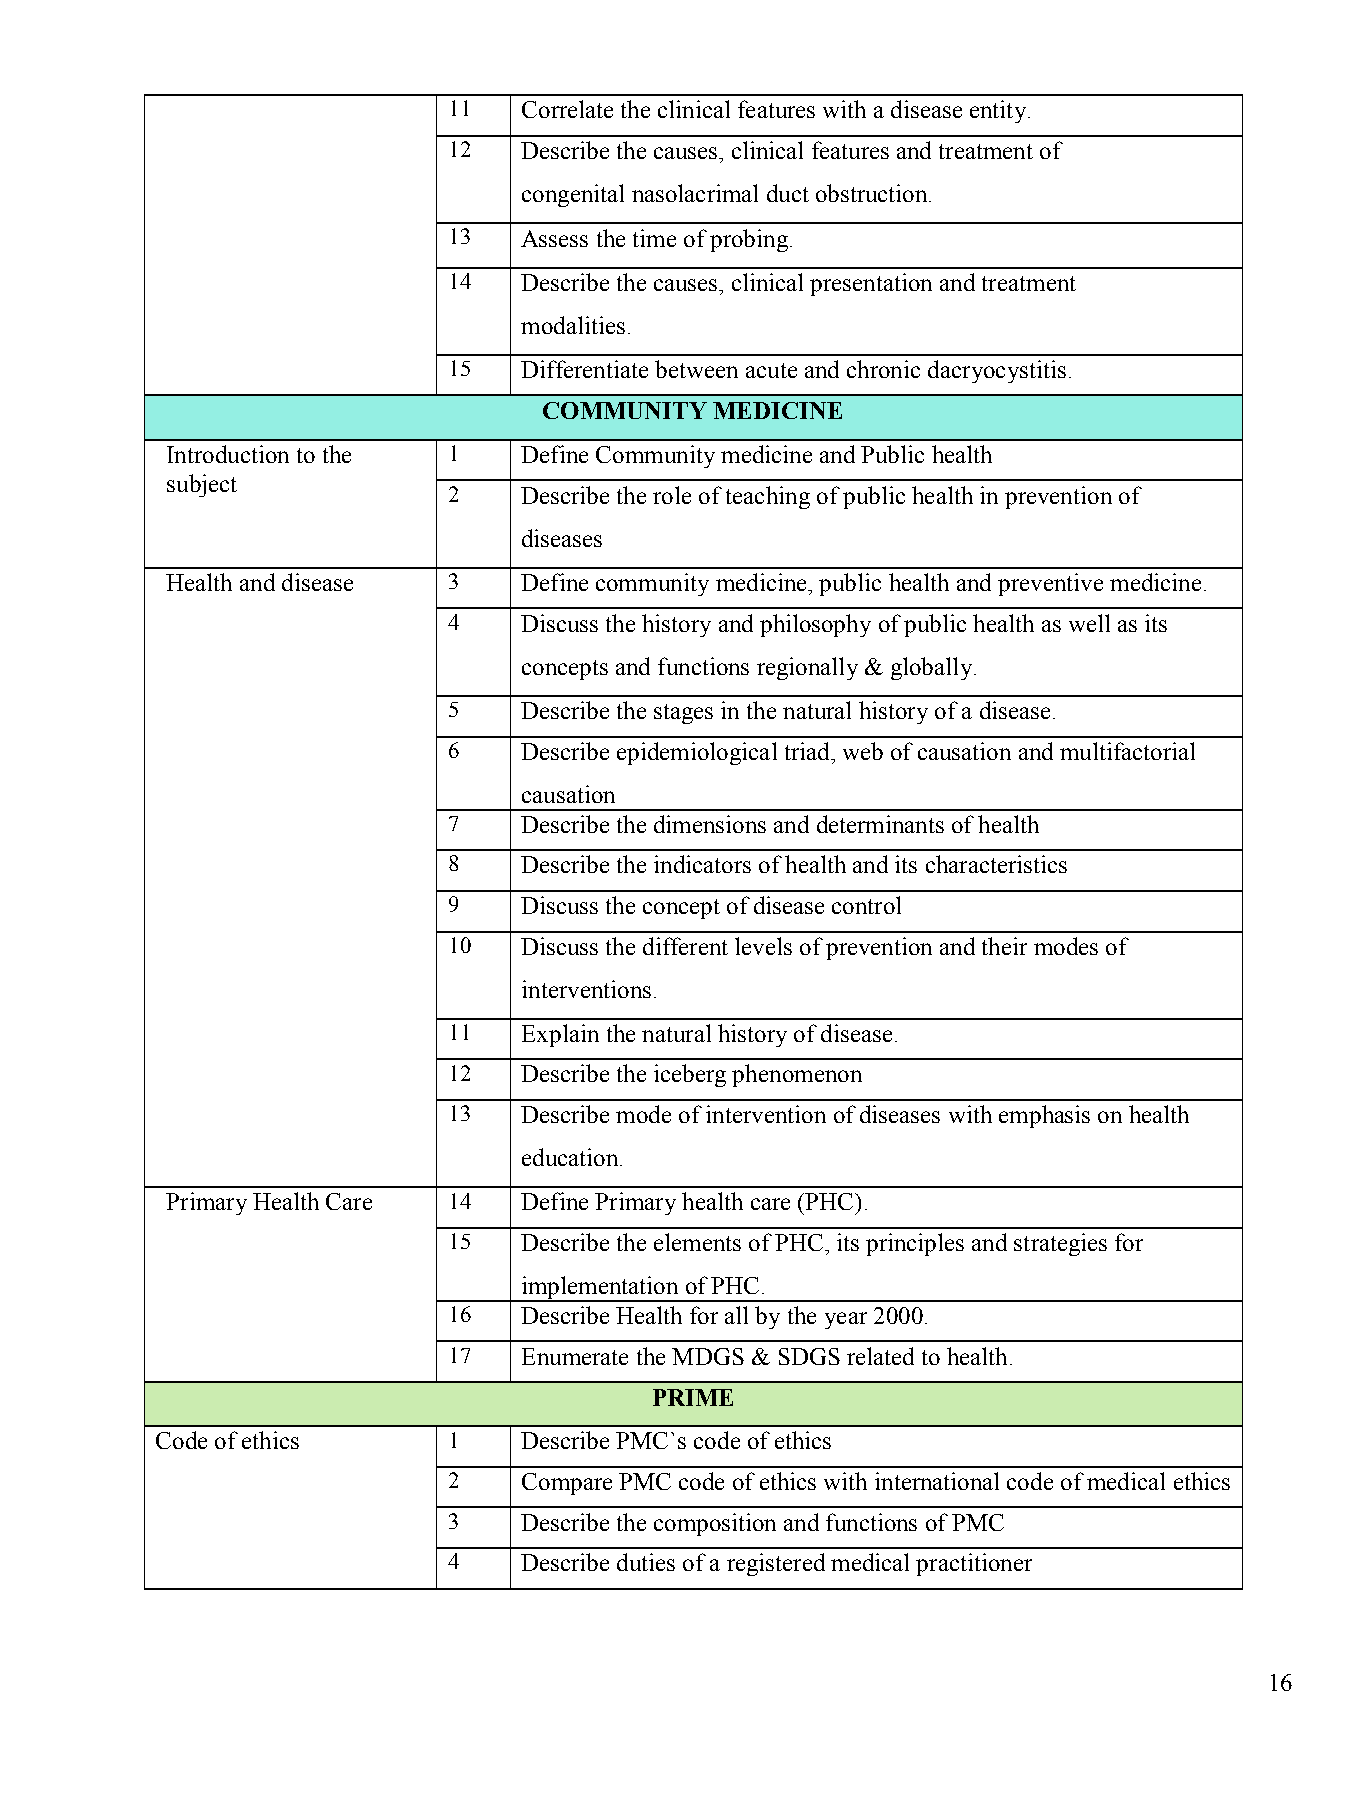
11   Correlate the clinical features with a disease entity.
 12   Describe the causes, clinical features and treatment of
 congenital nasolacrimal duct obstruction.
 13   Assess the time of probing.
 14   Describe the causes, clinical presentation and treatment
 modalities.
 15   Differentiate between acute and chronic dacryocystitis.
 COMMUNITY  MEDICINE
 Introduction to the 1   Define Community medicine and Public health
 subject
 2    Describe the role of teaching of public health in prevention of
 diseases
 Health and disease 3    Define community medicine, public health and preventive medicine.
 4    Discuss the history and philosophy of public health as well as its
 concepts and functions regionally & globally.
 5    Describe the stages in the natural history of a disease.
 6    Describe epidemiological triad, web of causation and multifactorial
 causation
 7    Describe the dimensions and determinants of health
 8    Describe the indicators of health and its characteristics
 9    Discuss the concept of disease control
 10   Discuss the different levels of prevention and their modes of
 interventions.
 11   Explain the natural history of disease.
 12   Describe the iceberg phenomenon
 13   Describe mode of intervention of diseases with emphasis on health
 education.
 Primary Health Care 14  Define Primary health care (PHC).
 15   Describe the elements of PHC, its principles and strategies for
 implementation of PHC.
 16   Describe Health for all by the year 2000.
 17   Enumerate the MDGS & SDGS related to health.
 PRIME
 Code of ethics      1    Describe PMC`s code of ethics
 2    Compare PMC code of ethics with international code of medical ethics
 3    Describe the composition and functions of PMC
 4    Describe duties of a registered medical practitioner
 16